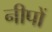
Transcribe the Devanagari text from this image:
नीपों